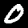
Digit: 0